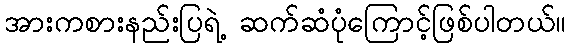
အားကစားနည်းပြရဲ့ ဆက်ဆံပုံကြောင့်ဖြစ်ပါတယ်။